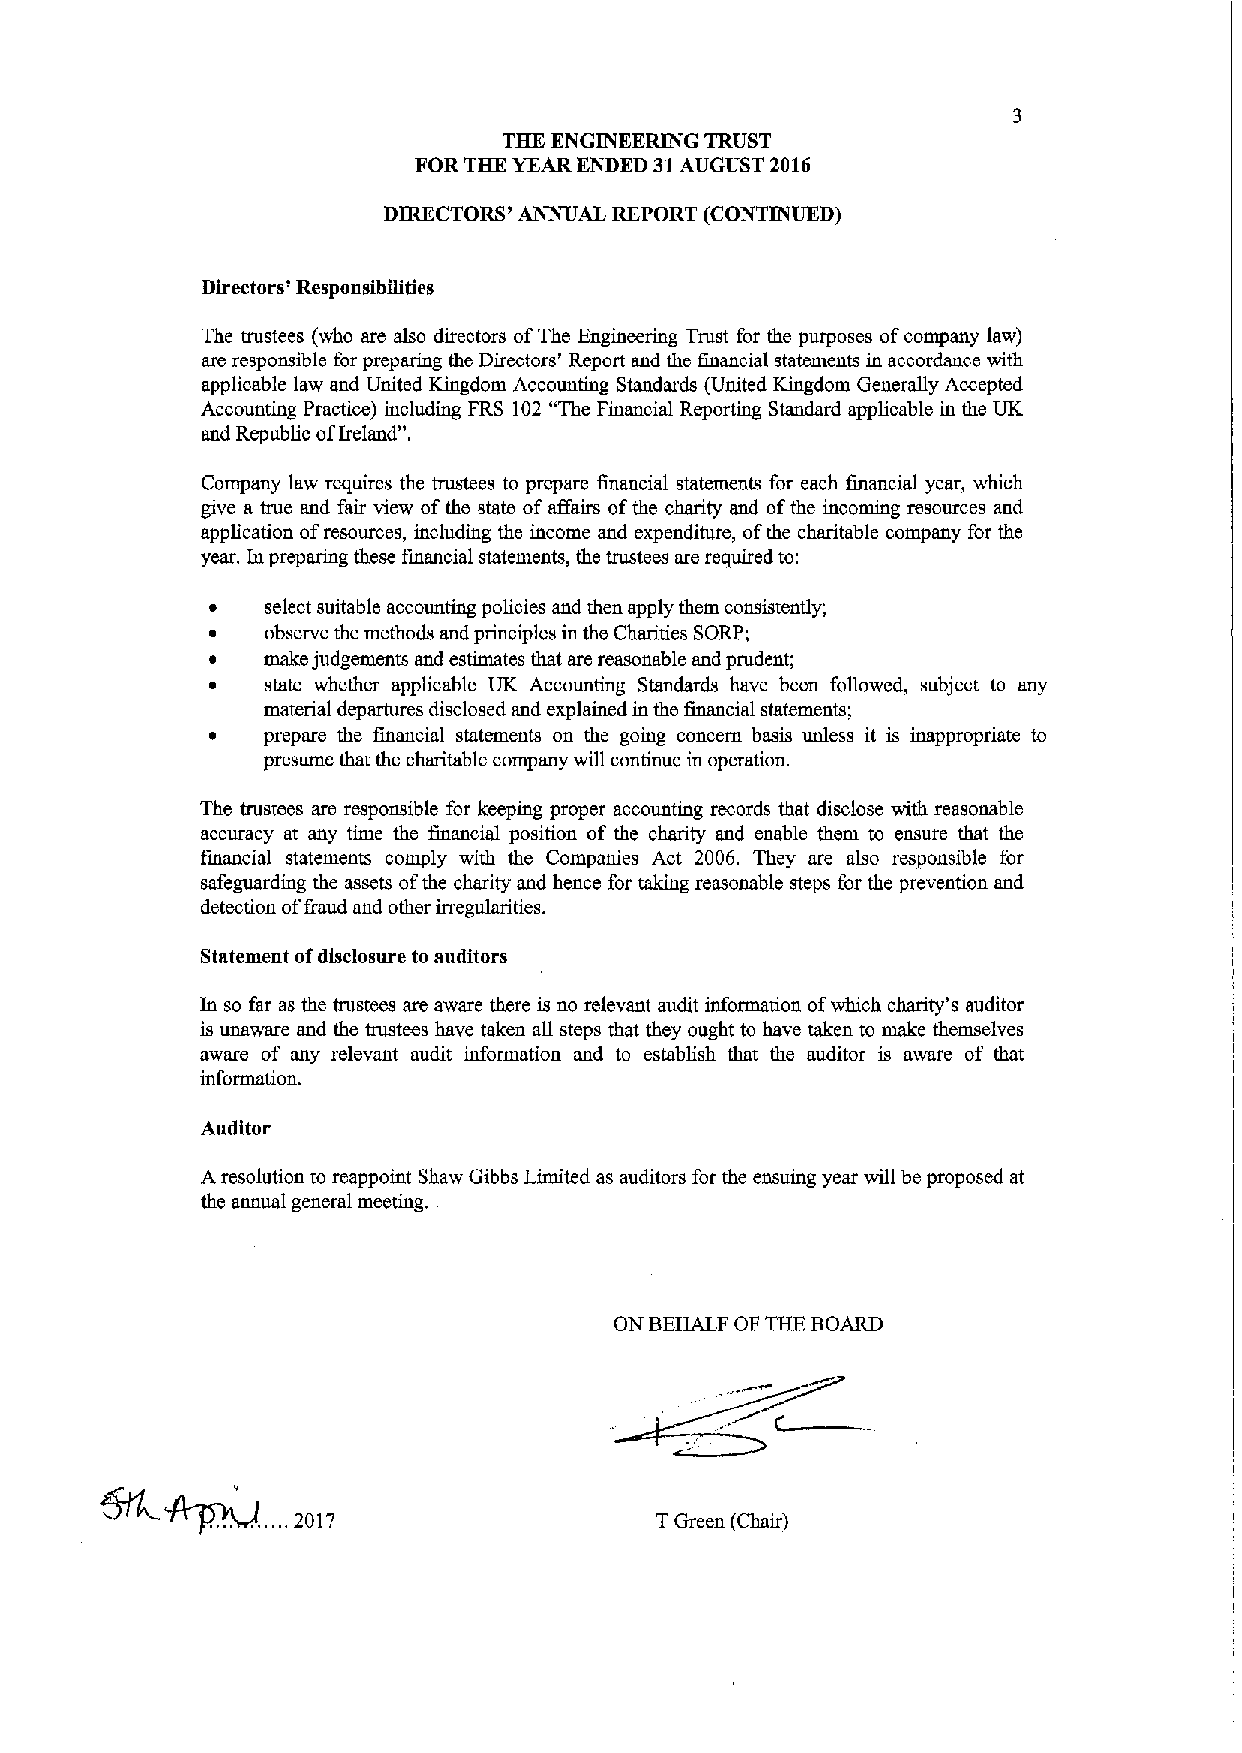
THE ENGINEERING TRUST
 FOR THE YEAR ENDED 31AUGUST 2016
 DIRECTORS' APPEAL REPORT (CONTINUED)
 Directors' RespensibiTities
 The trustees (who are also directors ofThe Engineering Trust for the purposes ofcompany law)
 are responsible for preparing the Directors' Report and the financial statements in accordance with
 applicable law and United Kingdom Accounting Standards (United Kingdom Generally Accepted
 Accounting Practice) including FRS 102 "The Financial Reporting Standard applicable in the UK
 and Republic ofIreland".
 Company law requires the trustees to prepare financial statements for each financial year, which
 give a true and fair view ofthe state ofaffairs ofthe charity and ofthe incoming resources and
 application ofresources, including the income and expenditure, ofthe charitable company for the
 year. Inpreparing these financial statements, the trustees are required to:
 select suitable accounting policies and then apply them consistently;
 observe the methods and principles in the Charities SORP;
 make judgements and estimates that are reasonable and prudent;
 state whether applicable UK Accounting Standards have been followed, subject to any
 material departures disclosed and explained in the financial statements;
 prepare the financial statements on the going concern basis unless it is inappropriate to
 presume that the charitable company will continue in operation.
 The trustees are responsible for keeping proper accounting records that disclose with reasonable
 accuracy at any time the financial position of the charity and enable them to ensure that the
 financial statements comply with the Companies Act 2006. They are also responsible for
 safeguarding the assets ofthe charity and hence for taking reasonable steps for the prevention and
 detection offiaud and other irregularities.
 Statement ofdisclosure to auditors
 In so far as the trustees are aware there is no relevant audit information ofwhich charity's auditor
 is unaware and the trustees have taken all steps that they ought to have taken to make themselves
 aware of any relevant audit information and to establish that the auditor is aware of that
 information.
 Auditor
 Aresolution to reappoint Shaw Gibbs Limited as auditors for the ensuing year will be proposed at
 the annual general meeting.
 ON BEHALF OF THE BOARD
 ......2017                TGreen (Chair)